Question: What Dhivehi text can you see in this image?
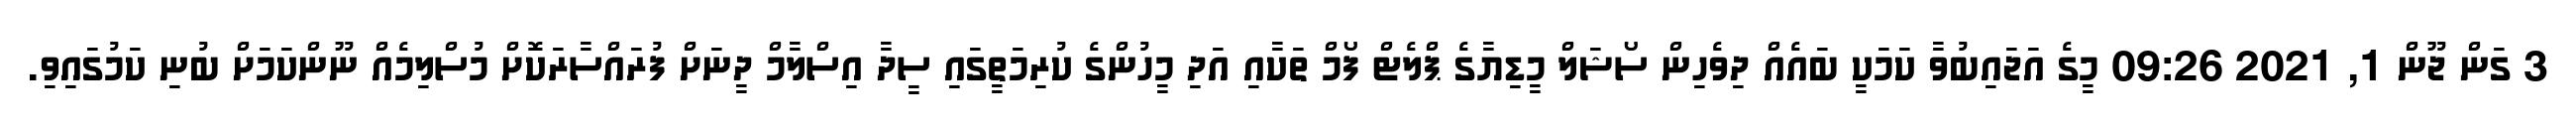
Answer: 3 ގަން ޖޫން 1, 2021 09:26 މީގެ އަޖައިބުވާ ކަމަކީ ބައެއް ދިވެހިން ސޯޝަލް މީޑިޔާގެ ޕްލެޓް ފޯމް ތަކާއި އަދި މީހުންގެ ކުރިމަތީގައި ސީދާ އިސްލާމް ދީނަށް ފުރައްސާރަކޮށް މުސްލިމެއް ނޫންކަމަށް ބުނި ކަމުގައިވި.